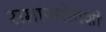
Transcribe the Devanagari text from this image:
समाजसेवेशी